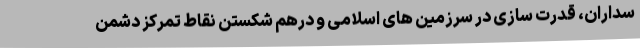
سداران، قدرت سازی در سرزمین های اسلامی و درهم شکستن نقاط تمرکز دشمن